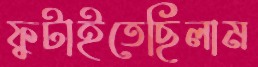
ফুটাইতেছিলাম